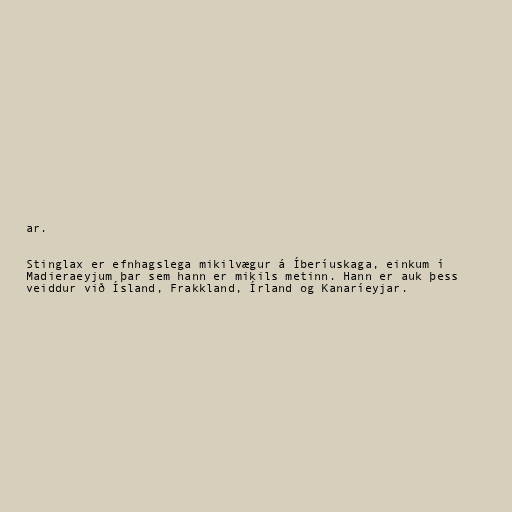
ar.

Stinglax er efnhagslega mikilvægur á Íberíuskaga, einkum í
Madieraeyjum þar sem hann er mikils metinn. Hann er auk þess
veiddur við Ísland, Frakkland, Írland og Kanaríeyjar.